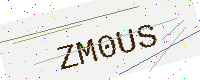
Text: ZM0US